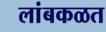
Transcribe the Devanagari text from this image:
लांबकळत